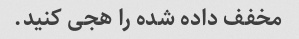
مخفف داده شده را هجی کنید.